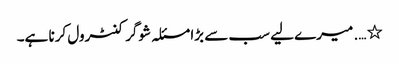
٭ …. میرے لیے سب سے بڑا مسئلہ شوگر کنٹرول کرنا ہے۔